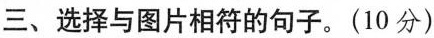
三、选择与图片相符的句子.(10 分)